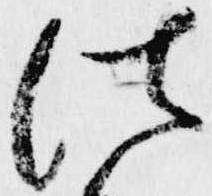
法